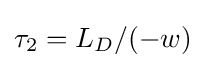
\tau _{2}=L_{D}/(-w)